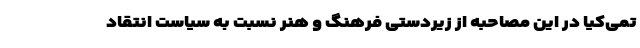
تمی‌کیا در این مصاحبه از زیردستی فرهنگ و هنر نسبت به سیاست انتقاد